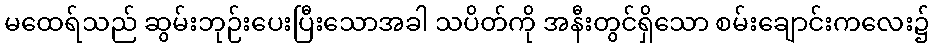
မထေရ်သည် ဆွမ်းဘုဉ်းပေးပြီးသောအခါ သပိတ်ကို အနီးတွင်ရှိသော စမ်းချောင်းကလေး၌